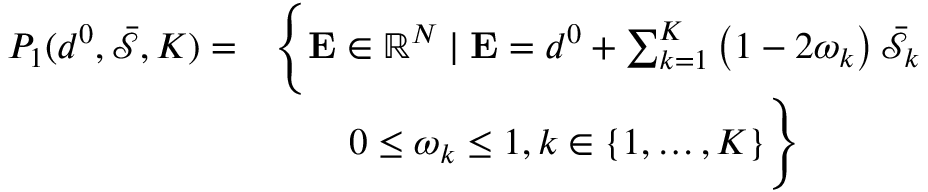
\begin{array} { r l } { P _ { 1 } ( d ^ { 0 } , \bar { \mathcal { S } } , K ) = } & { \Bigg \{ \mathbf { E } \in \mathbb { R } ^ { N } \mid \mathbf { E } = d ^ { 0 } + \sum _ { k = 1 } ^ { K } \left( 1 - 2 \omega _ { k } \right) \bar { \mathcal { S } } _ { k } } \\ & { \qquad 0 \leq \omega _ { k } \leq 1 , k \in \{ 1 , \ldots , K \} \Bigg \} } \end{array}